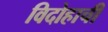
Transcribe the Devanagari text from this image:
विदोहाची